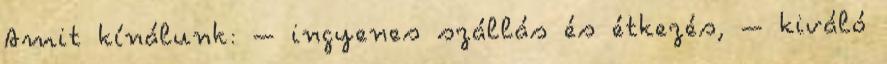
Amit kínálunk: – ingyenes szállás és étkezés, – kiváló